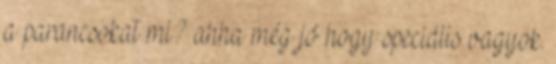
a parancsokat mi? ahha még jó hogy speciális vagyok.